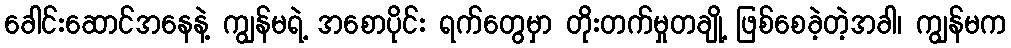
ခေါင်းဆောင်အနေနဲ့ ကျွန်မရဲ့ အစောပိုင်း ရက်တွေမှာ တိုးတက်မှုတချို့ ဖြစ်စေခဲ့တဲ့အခါ၊ ကျွန်မက